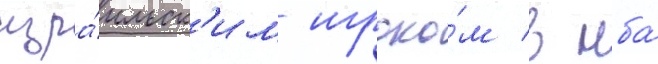
изра́ильск'им игроко́м в нба́